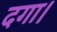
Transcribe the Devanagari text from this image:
दगा।